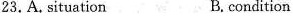
23.A. situation B. condition